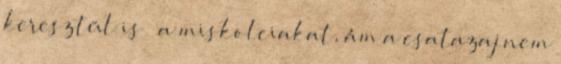
keresztül is – a miskolciakat, ám a csatazaj nem